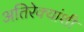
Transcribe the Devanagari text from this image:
अतिरेक्यांशी